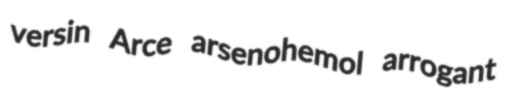
versin Arce arsenohemol arrogant